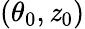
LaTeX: (\theta_{0},\mathit{z}_{0})